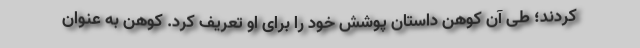
کردند؛ طی آن کوهن داستان پوشش خود را برای او تعریف کرد. کوهن به عنوان